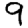
Digit: 9